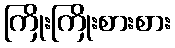
ကြိုးကြိုးစားစား